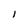
Character: l